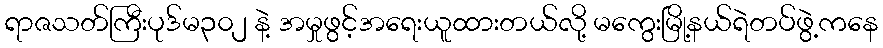
ရာဇသတ်ကြီးပုဒ်မ၃၀၂ နဲ့ အမှုဖွင့်အရေးယူထားတယ်လို့ မကွေးမြို့နယ်ရဲတပ်ဖွဲ့ကနေ